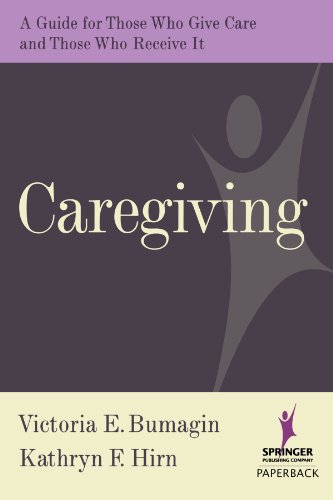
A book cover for Caregiving: A Guide for Those Who Give Care and Those Who Receive it; Victoria Bumagin MSSW; Medical Books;